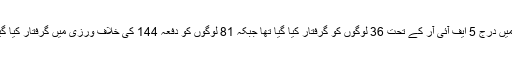
تشدد میں درج 5 ایف آئی آر کے تحت 36 لوگوں کو گرفتار کیا گیا تھا جبکہ 81 لوگوں کو دفعہ 144 کی خلاف ورزی میں گرفتار کیا گیا تھا۔